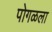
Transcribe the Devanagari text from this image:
पोगळला